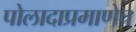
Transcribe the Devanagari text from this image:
पोलादाप्रमाणेच